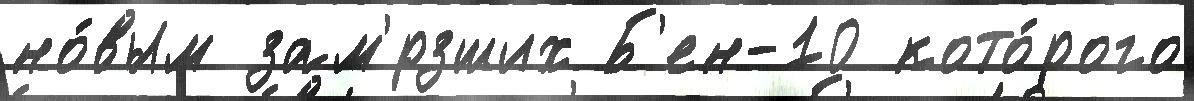
но́вым зам'́рзших Б'ен-10 кото́рого